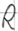
Text: R